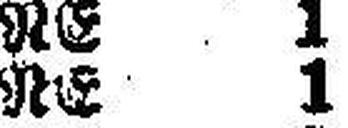
RE 1